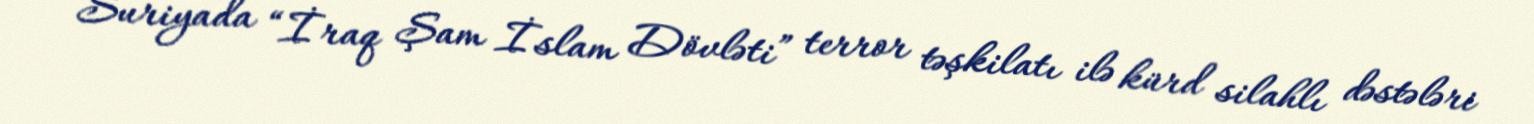
Suriyada “İraq Şam İslam Dövləti” terror təşkilatı ilə kürd silahlı dəstələri